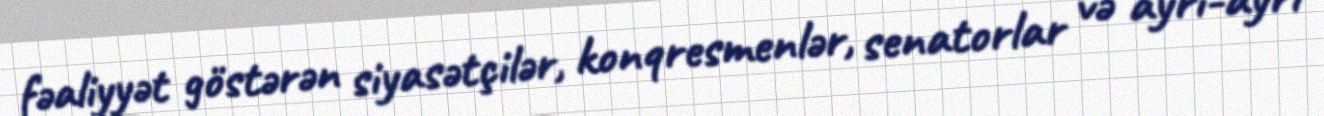
fəaliyyət göstərən siyasətçilər, konqresmenlər, senatorlar və ayrı-ayrı